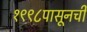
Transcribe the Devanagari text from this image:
१९९८पासूनची